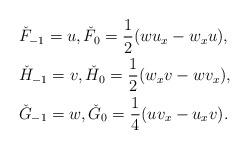
LaTeX: \begin{align*} &\check{F}_{-1}=u, \check{F}_0=\frac{1}{2}(w u_x-w_xu),\\ &\check{H}_{-1}=v, \check{H}_0=\frac{1}{2}(w_x v-w v_x),\\ &\check{G}_{-1}=w, \check{G}_0=\frac{1}{4}(uv_x-u_xv). \end{align*}